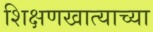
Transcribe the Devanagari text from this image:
शिक्षणखात्याच्या